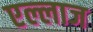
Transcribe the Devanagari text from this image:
एल्लाज